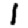
Digit: 1